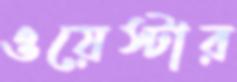
ওয়েস্টার